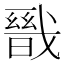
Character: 𭟺